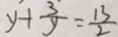
y + \frac { 3 } { y } = \frac { 1 3 } { 2 }